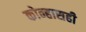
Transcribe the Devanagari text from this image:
कोन्हासही